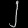
Digit: ၂